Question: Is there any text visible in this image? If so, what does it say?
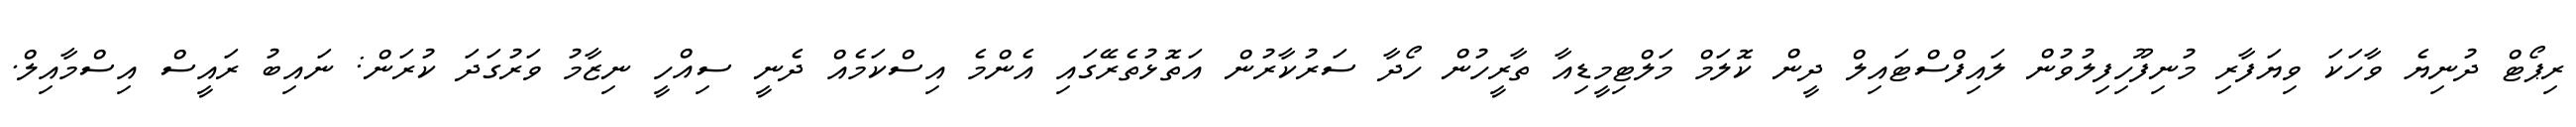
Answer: ރިޕޯޓް ދުނިޔެ ވާހަކަ ވިޔަފާރި މުނިފޫހިފިލުވުން ލައިފްސްޓައިލް ދީން ކޮލަމް މަލްޓިމީޑިއާ ތާރީހުން ހޯދާ ސަރުކާރުން އަތޮޅުތެރޭގައި އެންމެ އިސްކަމެއް ދެނީ ސިއްހީ ނިޒާމު ވަރުގަދަ ކުރަން: ނައިބު ރައީސް އިސްމާއިލް.